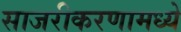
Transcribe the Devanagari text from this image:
साजरीकरणामध्ये